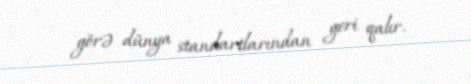
görə dünya standartlarından geri qalır.